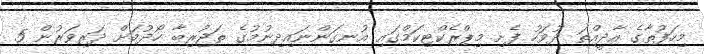
މިހަފުތާގެ އާދީއްތަ ދުވަހު ފެށި މިޕްރެކްޓިކަމްގައި އުނގަންނައިދިނުމުގެ ތަޖުރިބާ ހޯދުމަށް ދަރިވަރުން 5